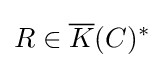
R\in {\overline {K}}(C)^{*}